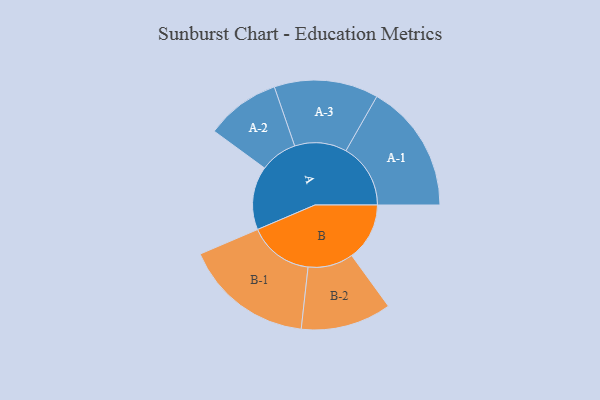
{"axis": {"x": "Segment", "y": "Value"}, "legend": ["", "A", "B"], "data": [{"x": "A", "y": 290, "type": ""}, {"x": "B", "y": 264, "type": ""}, {"x": "A-1", "y": 295, "type": "A"}, {"x": "A-2", "y": 170, "type": "A"}, {"x": "A-3", "y": 238, "type": "A"}, {"x": "B-1", "y": 296, "type": "B"}, {"x": "B-2", "y": 207, "type": "B"}]}